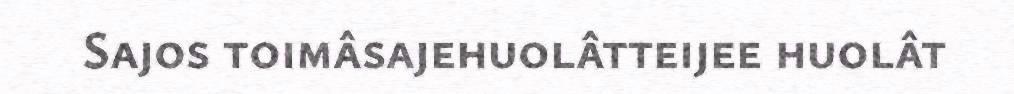
Sajos toimâsajehuolâtteijee huolât